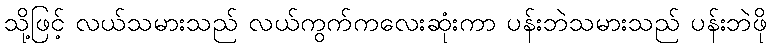
သို့ဖြင့် လယ်သမားသည် လယ်ကွက်ကလေးဆုံးကာ ပန်းဘဲသမားသည် ပန်းဘဲဖို